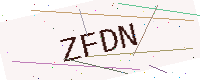
Text: ZFDN